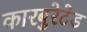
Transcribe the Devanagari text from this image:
कारबुरेटेड